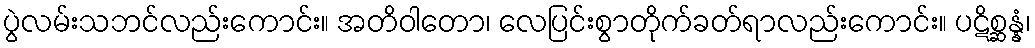
ပွဲလမ်းသဘင်လည်းကောင်း။ အတိဝါတော၊ လေပြင်းစွာတိုက်ခတ်ရာလည်းကောင်း။ ပဋိစ္ဆန္နံ၊